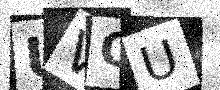
Text: UVQU